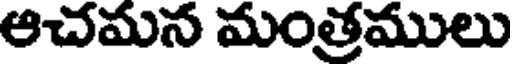
ఆచమన మంత్రములు